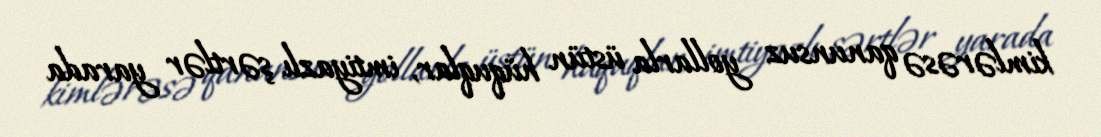
kimlərəsə qanunsuz yollarla üstün hüquqlar, imtiyazlı şərtlər yarada